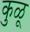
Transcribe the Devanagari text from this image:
कुळू